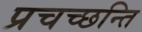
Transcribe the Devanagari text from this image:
प्रचच्छन्ति